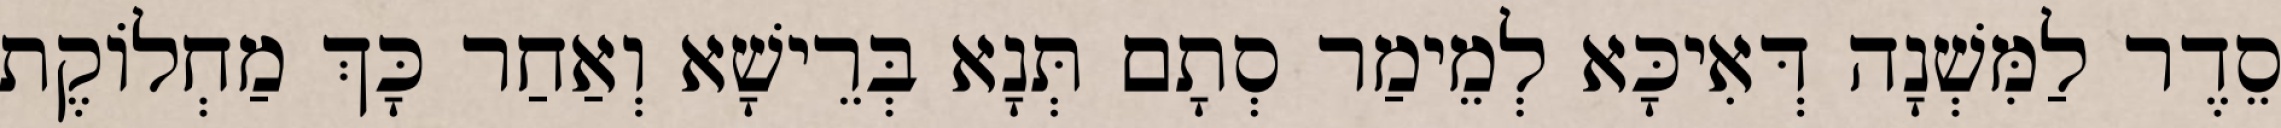
סֵדֶר לַמִּשְׁנָה דְּאִיכָּא לְמֵימַר סְתָם תְּנָא בְּרֵישָׁא וְאַחַר כָּךְ מַחְלוֹקֶת